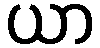
ယာ